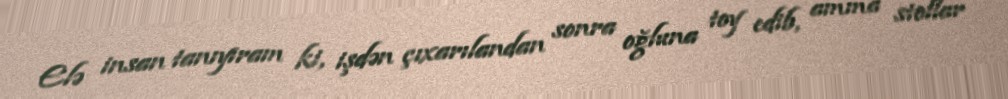
Elə insan tanıyıram ki, işdən çıxarılandan sonra oğluna toy edib, amma stollar